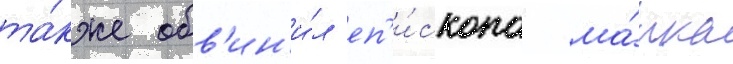
та́кже обв'ин'и́л еп'и́скопа ма́рка